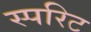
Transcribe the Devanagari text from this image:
स्परिट